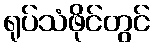
ရုပ်သံဖိုင်တွင်